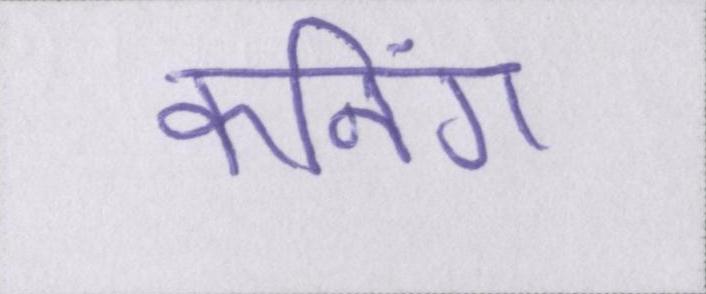
कनिंग